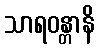
သာရဝန္တာနိ